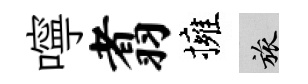
嚀翥擁旅